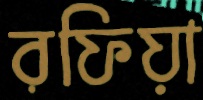
রফিয়া